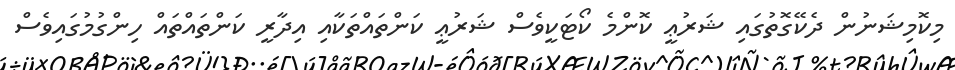
މިކޮމިޝަނުން ދެކޭގޮތުގައި ޝަރުޢީ ކޮންމެ ކޯޓަކީވެސް ޝަރުޢީ ކަންތައްތަކާއި އިދާރީ ކަންތައްތައް ހިންގުމުގައިވެސް